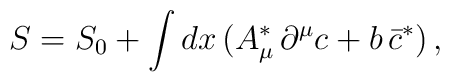
S=S_0 + \int dx\,\bigl( A^\ast_\mu\,\partial^\mu c +b\,\bar c^\ast\bigr)\,,